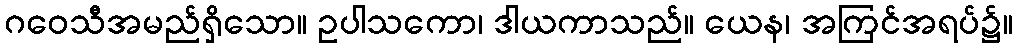
ဂဝေသီအမည်ရှိသော။ ဥပါသကော၊ ဒါယကာသည်။ ယေန၊ အကြင်အရပ်၌။